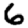
Digit: 6